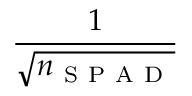
\frac { 1 } { \sqrt { n _ { \mathrm { ~ S ~ P ~ A ~ D ~ } } } }